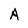
Character: A